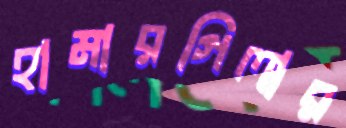
হামারগিলার